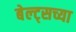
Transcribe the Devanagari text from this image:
बेल्ट्सच्या